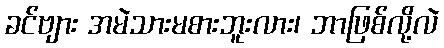
ခင်ဗျား အမဲသားမစားဘူးလား၊ ဘာဖြစ်လို့လဲ